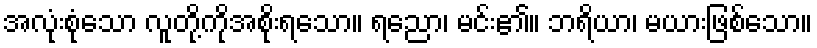
အလုံးစုံသော လူတို့ကိုအစိုးရသော။ ရညော၊ မင်း၏။ ဘရိယာ၊ မယားဖြစ်သော။